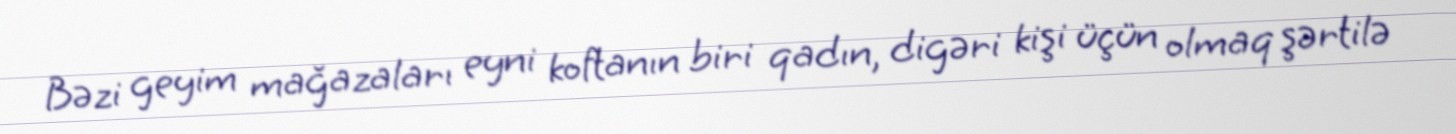
Bəzi geyim mağazaları eyni koftanın biri qadın, digəri kişi üçün olmaq şərtilə